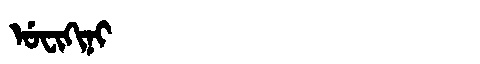
Manchu: ᡠᠸᡳᡴᡳᠨᡳ
Romanization: UFIKINI